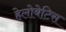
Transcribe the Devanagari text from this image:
हेलोबेटिस